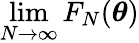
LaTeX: \operatorname*{lim}_{N\to\infty}F_{N}({\boldsymbol\theta})